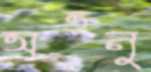
অতনু